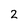
Character: 2